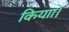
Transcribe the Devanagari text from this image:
कियाा।